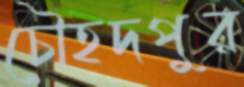
চৌহদপুর